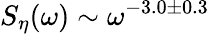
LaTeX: S_{\eta}(\omega)\sim\omega^{-3.0\pm 0.3}